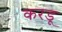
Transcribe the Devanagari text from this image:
करडू